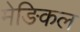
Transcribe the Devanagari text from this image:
मेङिकल